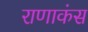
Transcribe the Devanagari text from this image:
राणाकंस